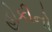
હોકીનો